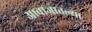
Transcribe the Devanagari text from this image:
आवाजातल्या